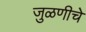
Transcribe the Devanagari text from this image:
जुळणीचे